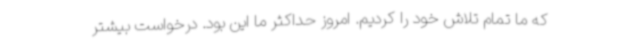
که ما تمام تلاش خود را کردیم. امروز حداکثر ما این بود. درخواست بیشتر